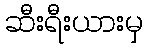
ဆီးရီးယားမှ